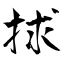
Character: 捄